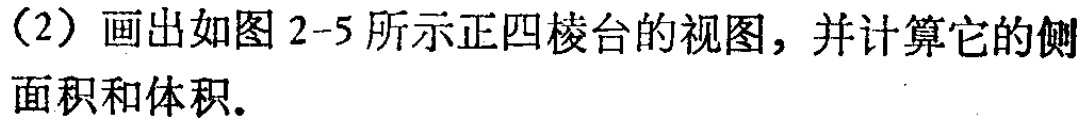
（2）画出如图2-5所示正四棱台的视图，并计算它的侧面积和体积.